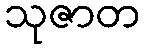
သုဇာတ